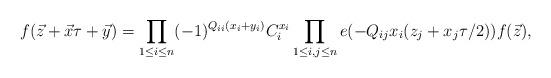
LaTeX: \begin{gather*}f(\vec{z}+\vec{x}\tau+\vec{y})=\prod_{1\le i\le n} (-1)^{Q_{ii}(x_i+y_i)} C_i^{x_i}\prod_{1\le i,j\le n} e(-Q_{ij} x_i(z_j+x_j\tau/2))f(\vec{z}),\end{gather*}